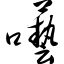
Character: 呓